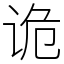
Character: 诡